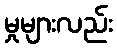
မှုများလည်း